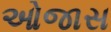
ઓજાસ